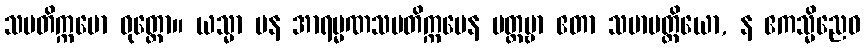
သမတိက္ကမော ဝုတ္တော။ ယသ္မာ ပန အာရမ္မဏသမတိက္ကမေန ပတ္တဗ္ဗာ ဧတာ သမာပတ္တိယော, န ဧကသ္မိညေဝ